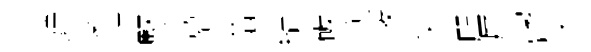
竚娑討竪慕翕結破须幣矢咫犀嘗朿